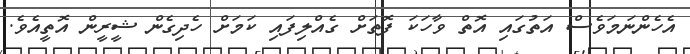
އެހެންނަމަވެސް އަތުގައި އޮތް ވާހަކަ ފޮތަށް ގެއްލިފައި ކަމަށް ހެދިގެން ޝީރީން އޮތީއެވެ.